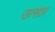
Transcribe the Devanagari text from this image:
उत्सार